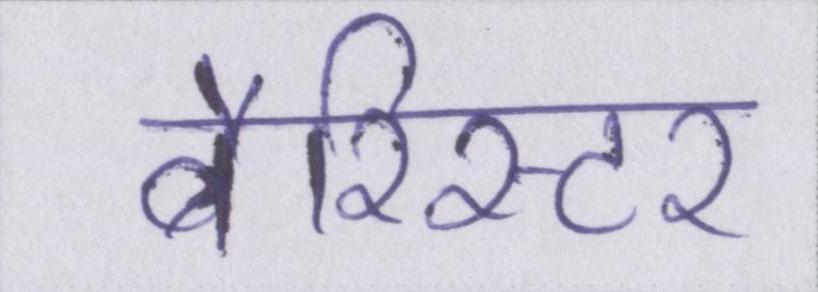
बैरिस्टर